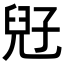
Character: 𡥲